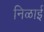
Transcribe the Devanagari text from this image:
निळाई